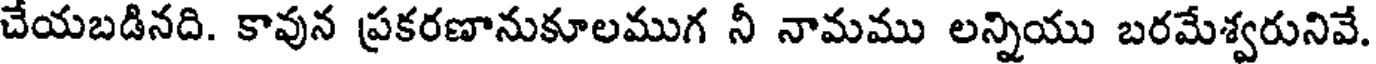
చేయబడినది. కావున ప్రకరణానుకూలముగ నీ నామము లన్నియు బరమేశ్వరునివే.